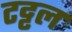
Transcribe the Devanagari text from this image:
टट्टल